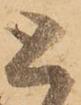
と